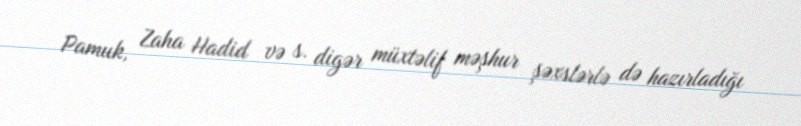
Pamuk, Zaha Hadid və s. digər müxtəlif məşhur şəxslərlə də hazırladığı